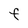
Character: F